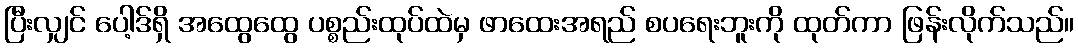
ပြီးလျှင် ပေါ့ဒ်ရှိ အထွေထွေ ပစ္စည်းထုပ်ထဲမှ ဖာထေးအရည် စပရေးဘူးကို ထုတ်ကာ ဖြန်းလိုက်သည်။